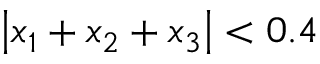
\left| x _ { 1 } + x _ { 2 } + x _ { 3 } \right| < 0 . 4